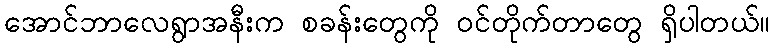
အောင်ဘာလေရွာအနီးက စခန်းတွေကို ဝင်တိုက်တာတွေ ရှိပါတယ်။